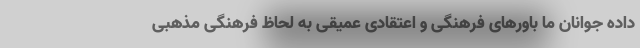
داده جوانان ما باورهای فرهنگی و اعتقادی عمیقی به لحاظ فرهنگی مذهبی